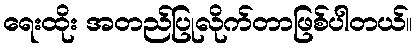
ရေးထိုး အတည်ပြုလိုက်တာဖြစ်ပါတယ်။